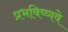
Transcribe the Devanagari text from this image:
प्रभविष्णवे